Lunatic asylums in Bengal annual reports 1912-1924 - 1912-1924
Year: 1912
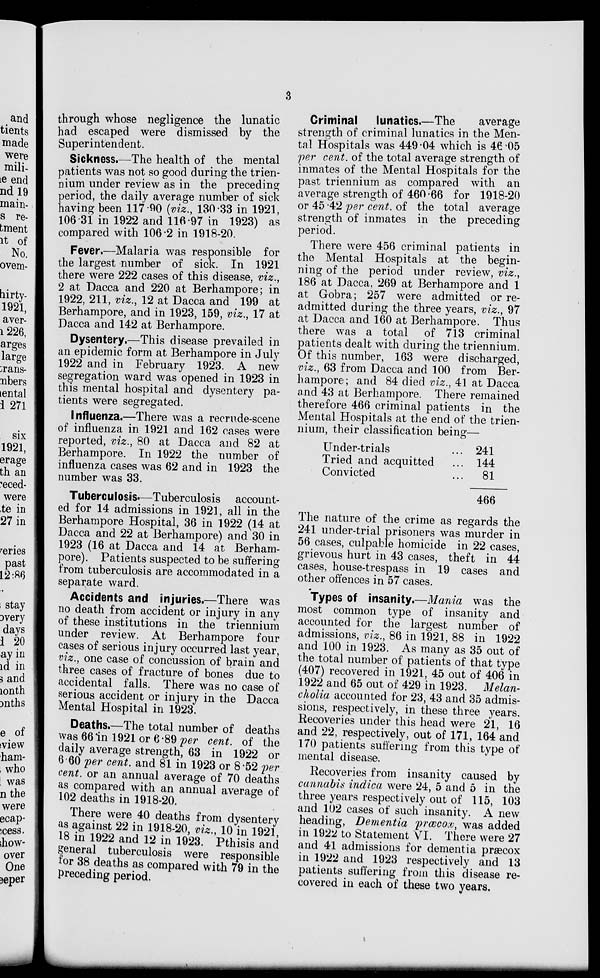
3
through whose negligence the lunatic
had escaped were dismissed by the
Superintendent.
Sickness.—The health of the mental
patients was not so good during the trien-
nium under review as in the preceding
period, the daily average number of sick
having been 117.90 (viz., 130.33 in 1921,
106.31 in 1922 and 116.97 in 1923) as
compared with 106.2 in 1918-20.
Fever.—Malaria was responsible for
the largest number of sick. In 1921
there were 222 cases of this disease, viz.,
2 at Dacca and 220 at Berhampore; in
1922, 211, viz., 12 at Dacca and 199 at
Berhampore, and in 1923, 159, viz., 17 at
Dacca and 142 at Berhampore.
Dysentery.—This disease prevailed in
an epidemic form at Berhampore in July
1922 and in February 1923. A new
segregation ward was opened in 1923 in
this mental hospital and dysentery pa-
tients were segregated.
Influenza.—There was a recrude-scene
of influenza in 1921 and 162 cases were
reported, viz., 80 at Dacca and 82 at
Berhampore. In 1922 the number of
influenza cases was 62 and in 1923 the
number was 33.
Tuberculosis-—Tuberculosis account-
ed for 14 admissions in 1921, all in the
Berhampore Hospital, 36 in 1922 (14 at
Dacca and 22 at Berhampore) and 30 in
1923 (16 at Dacca and 14 at Berham-
pore). Patients suspected to be suffering
from tuberculosis are accommodated in a
separate ward.
Accidents and injuries.—There was
no death from accident or injury in any
of these institutions in the triennium
under review. At Berhampore four
cases of serious injury occurred last year,
viz., one case of concussion of brain and
three cases of fracture of bones due to
accidental falls. There was no case of
serious accident or injury in the Dacca
Mental Hospital in 1923.
Deaths.—The total number of deaths
was 66 in 1921 or 6.89 per cent. of the
daily average strength, 63 in 1922 or
6.60 per cent. and 81 in 1923 or 8.52 per
cent, or an annual average of 70 deaths
as compared with an annual average of
102 deaths in 1918-20.
There were 40 deaths from dysentery
as against 22 in 1918-20, viz., 10 in 1921,
18 in 1922 and 12 in 1923. Pthisis and
general tuberculosis were responsible
for 38 deaths as compared with 79 in the
preceding period.
Criminal
lunatics.—The
average
strength of criminal lunatics in the Men-
tal Hospitals was 449 04 which is 46.05
per cent. of the total average strength of
inmates of the Mental Hospitals for the
past triennium as compared with an
average strength of 460.66 for 1918-20
or 45 .42 per cent. of the total average
strength of inmates in the preceding
period.
There were 456 criminal patients in
the Mental Hospitals at the begin-
ning of the period under review, viz.,
186 at Dacca, 269 at Berhampore and 1
at Gobra; 257 were admitted or re-
admitted during the three years, viz., 97
at Dacca and 160 at Berhampore. Thus
there was a total of 713 criminal
patients dealt with during the triennium.
Of this number, 163 were discharged,
viz., 63 from Dacca and 100 from Ber-
hampore; and 84 died viz., 41 at Dacca
and 43 at Berhampore. There remained
therefore 466 criminal patients in the
Mental Hospitals at the end of the trien-
nium, their classification being—
Under-trials ...
Tried and acquitted ...
Convicted ...
241
144
81
466
The nature of the crime as regards the
241 under-trial prisoners was murder in
56 cases, culpable homicide in 22 cases,
grievous hurt in 43 cases, theft in 44
cases, house-trespass in 19 cases and
other offences in 57 cases.
Types of insanity.—Mania was the
most common type of insanity and
accounted for the largest number of
admissions, viz., 86 in 1921, 88 in 1922
and 100 in 1923. As many as 35 out of
the total number of patients of that type
(407) recovered in 1921, 45 out of 406 in
1922 and 65 out of 429 in 1923. Melan-
cholia accounted for 23, 43 and 35 admis-
sions, respectively, in these three years.
Recoveries under this head were 21, 16
and 22, respectively, out of 171, 164 and
170 patients suffering from this type of
mental disease.
Recoveries from insanity caused by
cannabis indica were 24, 5 and 5 in the
three years respectively out of 115, 103
and 102 cases of such insanity. A new
heading, Dementia prœcocx, was added
in 1922 to Statement VI. There were 27
and 41 admissions for dementia præcox
in 1922 and 1923 respectively and 13
patients suffering from this disease re-
covered in each of these two years.